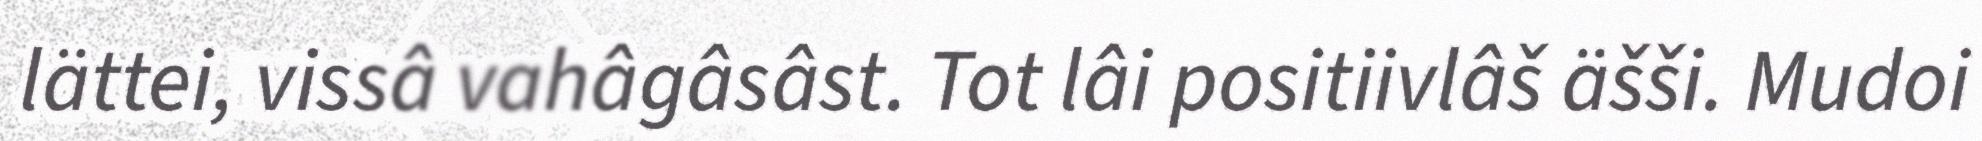
lättei, vissâ vahâgâsâst. Tot lâi positiivlâš äšši. Mudoi